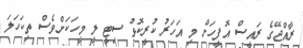
ރާއްޖޭގެ ރައީސް އޮފީހަށް މި އަހަރު ކުރީކޮޅު ސިޓީ ލީ މީހަކަށްވެސް ތިކަހަލަ